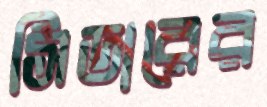
সিডারের